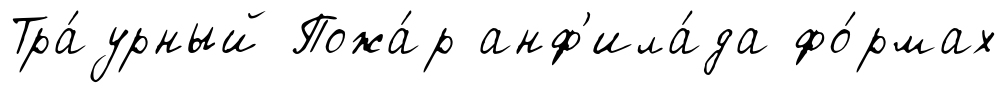
Тра́урный Пожа́р анф'ила́да фо́рмах